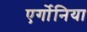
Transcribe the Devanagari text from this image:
एर्गोनिया